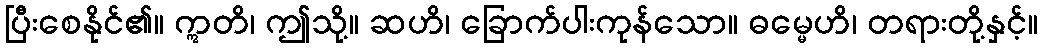
ပြီးစေနိုင်၏။ ဣတိ၊ ဤသို့။ ဆဟိ၊ ခြောက်ပါးကုန်သော။ ဓမ္မေဟိ၊ တရားတို့နှင့်။